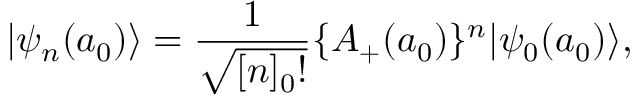
| \psi _ { n } ( a _ { 0 } ) \rangle = \frac { 1 } { \sqrt { [ n ] _ { 0 } ! } } \{ A _ { + } ( a _ { 0 } ) \} ^ { n } | \psi _ { 0 } ( a _ { 0 } ) \rangle ,